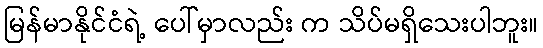
မြန်မာနိုင်ငံရဲ့ ပေါ်မှာလည်း က သိပ်မရှိသေးပါဘူး။